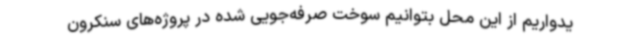
یدواریم از این محل بتوانیم سوخت‌ صرفه‌جویی شده در پروژه‌های سنکرون